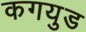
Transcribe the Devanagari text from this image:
कगयुड